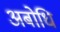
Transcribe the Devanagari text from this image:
अबोधि